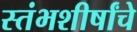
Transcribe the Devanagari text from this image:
स्तंभशीर्षांचे